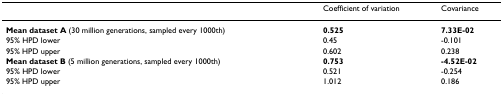
|  | Coefficient of variation | Covariance |
 | --- | --- | --- |
 | Mean dataset A (30 million generations, sampled every 1000th) | 0.525 | 7.33E-02 |
 | 95% HPD lower | 0.45 | -0.101 |
 | 95% HPD upper | 0.602 | 0.238 |
 | Mean dataset B (5 million generations, sampled every 1000th) | 0.753 | -4.52E-02 |
 | 95% HPD lower | 0.521 | -0.254 |
 | 95% HPD upper | 1.012 | 0.186 |